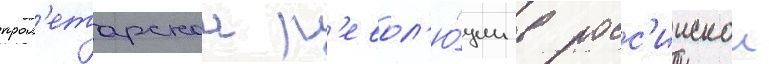
прол'етарскои р'евол'ю́ции в росс'иискои